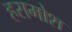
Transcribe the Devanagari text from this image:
हरामोश